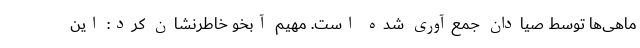
ماهی‌ها توسط صیادان جمع‌آوری شده است. مهیم آبخو خاطرنشان کرد: این